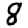
Digit: 8